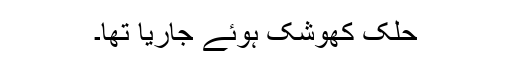
حلک کھوشک ہوئے جاریا تھا۔